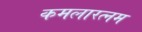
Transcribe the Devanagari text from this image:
कमलारत्नम